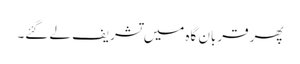
پھر قربان گاہ میں تشریف لے گئے۔